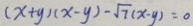
( x + y ) ( x - y ) - \sqrt { 7 } ( x - y ) = 0